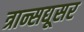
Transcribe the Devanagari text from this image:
त्रान्सद्यूसर